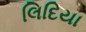
લિદિયા